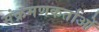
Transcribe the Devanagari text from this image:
संक्रमणकर्ताओं